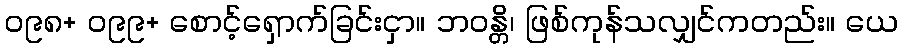
၀၉၈+ ၀၉၉+ စောင့်ရှောက်ခြင်းငှာ။ ဘဝန္တိ၊ ဖြစ်ကုန်သလျှင်ကတည်း။ ယေ